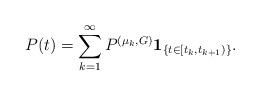
LaTeX: \begin{align*} P(t) = \sum_{k =1}^{\infty} P^{(\mu_k,G)} \mathbf{1}_{\{ t \in [t_k, t_{k+1} ) \}} .\end{align*}